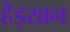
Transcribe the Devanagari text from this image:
हैड़खन